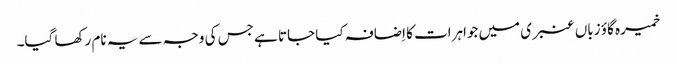
خمیرہ گاؤ زباں عنبری میں جواہرات کا اِضافہ کیا جاتا ہے جس کی وجہ سے یہ نام رکھا گیا۔